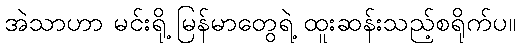
အဲသာဟာ မင်းရို့ မြန်မာတွေရဲ့ ထူးဆန်းသည့်စရိုက်ပ။